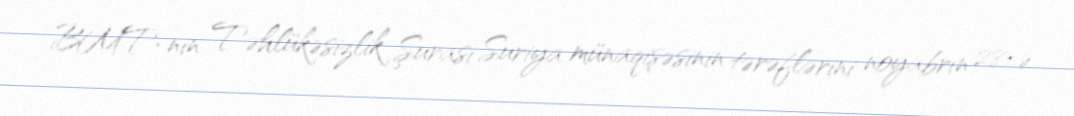
BMT-nin Təhlükəsizlik Şurası Suriya münaqişəsinin tərəflərini noyabrın 28-ə